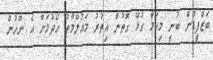
ބަޒްފީޑުން ބުނީ މިކަމާ ގުޅޭ ގޮތުން އިތުރު މައުލޫމާތު ހޯދުމަށް އެ ނޫހުން